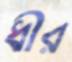
ধীর